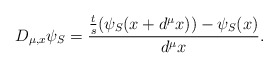
\begin{align*}D_{\mu,x}\psi_{S}= \frac{\frac{t}{s}(\psi_{S} (x+d^{\mu}x))-\psi_{S}(x)}{d^{\mu}x}.\end{align*}